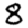
Digit: 8